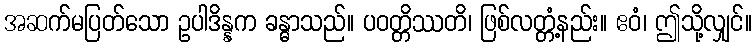
အဆက်မပြတ်သော ဥပါဒိန္နက ခန္ဓာသည်။ ပဝတ္တိဿတိ၊ ဖြစ်လတ္တံ့နည်း။ ဧဝံ၊ ဤသို့လျှင်။